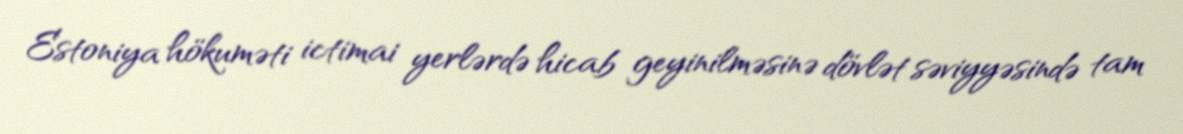
Estoniya hökuməti ictimai yerlərdə hicab geyinilməsinə dövlət səviyyəsində tam